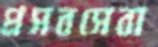
প্রসবসেবা